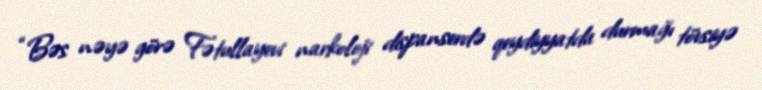
“Bəs nəyə görə Fətullayevi narkoloji dispanserdə qeydiyyatda durmağı tövsiyə